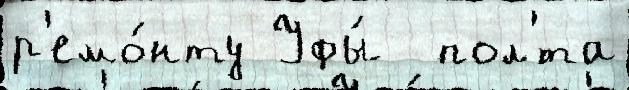
р'емо́нту Уфы́  пол'́та